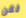
لكن